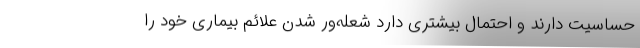
حساسیت دارند و احتمال بیشتری دارد شعله‌ور شدن علائم بیماری خود را